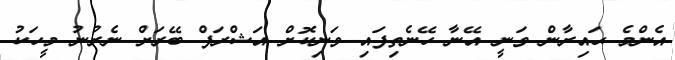
އެންމެ ޙައިރާން ވަނީ އޭނާ ހޭނެތިފައި ވަނިކޮށް އަޝްރަފް ބޭރަށް ނެރުނު މީހަކު